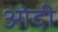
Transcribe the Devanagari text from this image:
ओदी